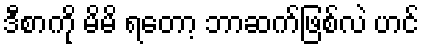
ဒီစာကို မိမိ ရတော့ ဘာဆက်ဖြစ်လဲ ဟင်